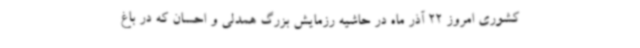
کشوری امروز 22 آذر ماه در حاشیه رزمایش بزرگ همدلی و احسان که در باغ